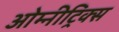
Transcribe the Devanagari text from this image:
ओम्नीट्रिक्स